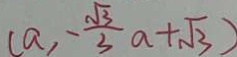
( a , - \frac { \sqrt { 3 } } { 3 } a + \sqrt { 3 } )